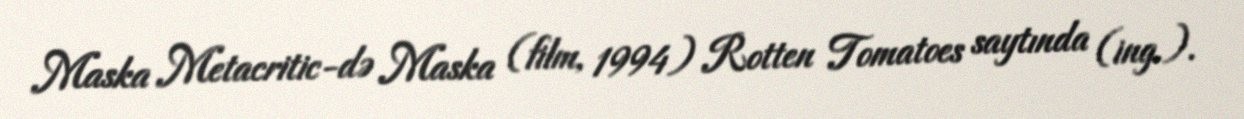
Maska Metacritic-də Maska (film, 1994) Rotten Tomatoes saytında (ing.).